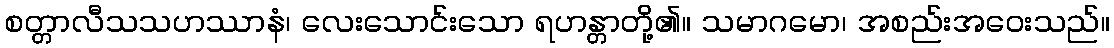
စတ္တာလီသသဟဿာနံ၊ လေးသောင်းသော ရဟန္တာတို့၏။ သမာဂမော၊ အစည်းအဝေးသည်။